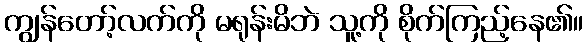
ကျွန်တော့်လက်ကို မရုန်းမိဘဲ သူ့ကို စိုက်ကြည့်နေ၏။